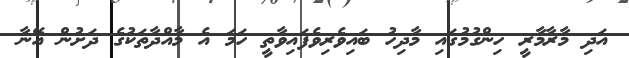
އަދި މާރާމާރީ ހިންގުމުގައި މާދިހު ބައިވެރިވެފައިވާތީ ހަމަ އެ މާއްދާތަކުގެ ދަށުން އޭނާ